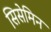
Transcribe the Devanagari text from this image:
सिसेमिन